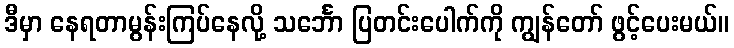
ဒီမှာ နေရတာမွန်းကြပ်နေလို့ သင်္ဘော ပြတင်းပေါက်ကို ကျွန်တော် ဖွင့်ပေးမယ်။